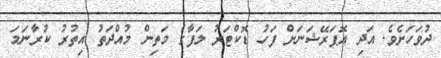
ދުވަހަށެވެ. އަދި އޮޕަރޭޝަނަށް ފަހު ޑޮކްޓަރު ލަފާގެ މަތިން މުއްދަތު އިތުރު ކުރާނަމަ